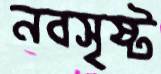
নবসৃষ্ট